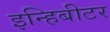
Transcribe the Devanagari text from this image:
इन्हिबीटर